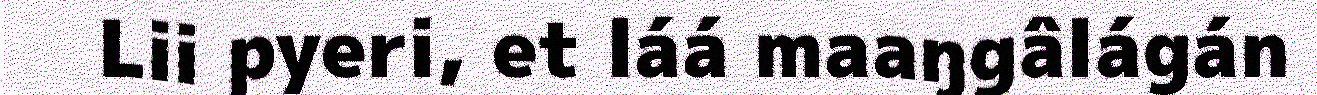
Lii pyeri, et láá maaŋgâlágán